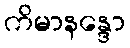
ကိမာနန္ဒော